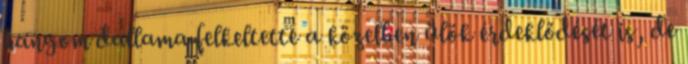
hangom dallama felkeltette a közelben ülök érdeklődését is, de